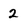
Character: 2